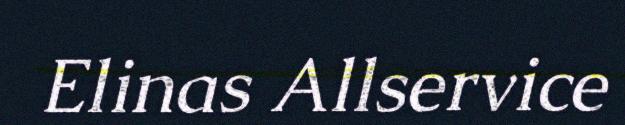
Elinas Allservice